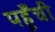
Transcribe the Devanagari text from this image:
पहूँची